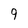
Character: 9